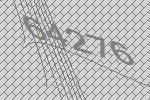
64276